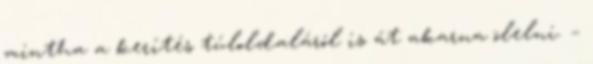
mintha a kerítés túloldaláról is át akarna ölelni. –